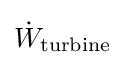
{\dot {W}}_{\text{turbine}}